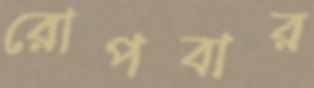
রোপবার